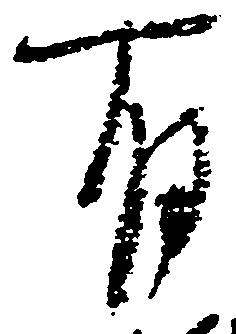
有